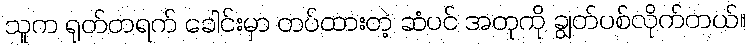
သူက ရုတ်တရက် ခေါင်းမှာ တပ်ထားတဲ့ ဆံပင် အတုကို ချွတ်ပစ်လိုက်တယ်။